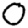
Digit: 0